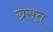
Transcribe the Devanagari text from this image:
ग्रसत